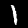
Digit: 1